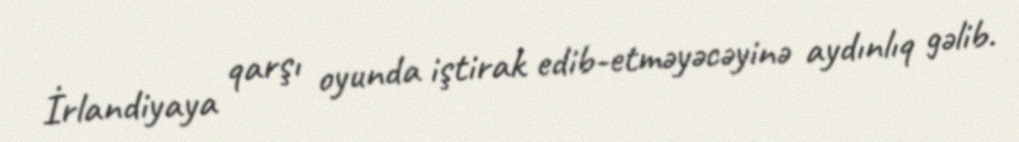
İrlandiyaya qarşı oyunda iştirak edib-etməyəcəyinə aydınlıq gəlib.